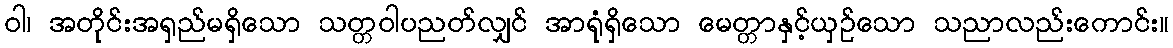
ဝါ၊ အတိုင်းအရှည်မရှိသော သတ္တဝါပညတ်လျှင် အာရုံရှိသော မေတ္တာနှင့်ယှဉ်သော သညာလည်းကောင်း။